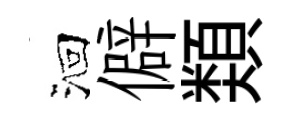
洄僻𩔖